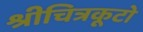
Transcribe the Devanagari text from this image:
श्रीचित्रकूटो